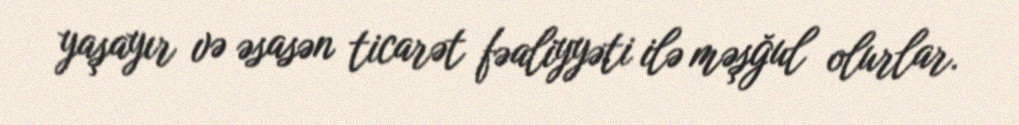
yaşayır və əsasən ticarət fəaliyyəti ilə məşğul olurlar.